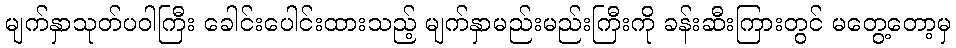
မျက်နှာသုတ်ပဝါကြီး ခေါင်းပေါင်းထားသည့် မျက်နှာမည်းမည်းကြီးကို ခန်းဆီးကြားတွင် မတွေ့တော့မှ